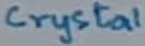
Text: Crystal